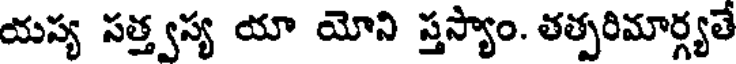
యస్య సత్త్వస్య యా యోని స్తస్యాం. తత్పరిమార్గ్యతే